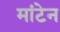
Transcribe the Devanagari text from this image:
मांटेन